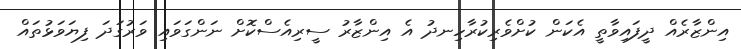
އިންޒާރެއް ދީފައިވާތީ އެކަން ކުށްވެރިކުރާހިނދު އެ އިންޒާރު ސީރިއެސްކޮށް ނަންގަވައި ވަރުގަދަ ފިޔަވަޅުތައް